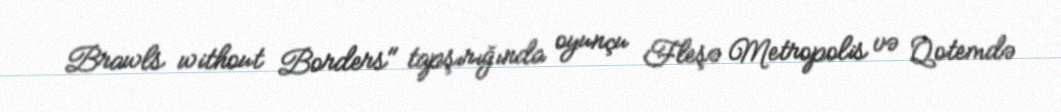
Brawls without Borders" tapşırığında oyunçu Fleşə Metropolis və Qotemdə